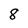
Character: 8